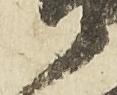
衛